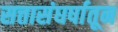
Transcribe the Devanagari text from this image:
सत्तासंघर्षातून